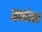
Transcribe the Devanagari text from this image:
लकांस्टर